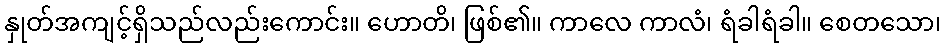
နှုတ်အကျင့်ရှိသည်လည်းကောင်း။ ဟောတိ၊ ဖြစ်၏။ ကာလေ ကာလံ၊ ရံခါရံခါ။ စေတသော၊